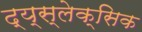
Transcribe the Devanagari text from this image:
द्य्स्लेक्सिक